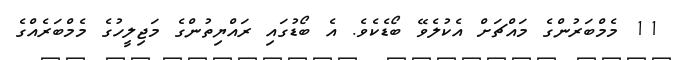
11 މެމްބަރުންގެ މައްޗަށް އެކުލެވޭ ބޯޑެކެވެ. އެ ބޯޑުގައި ރައްޔިތުންގެ މަޖިލީހުގެ މެމްބަރެއްގެ